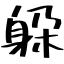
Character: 躱